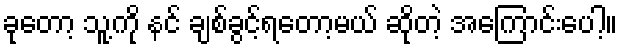
ခုတော့ သူ့ကို နင် ချစ်ခွင့်ရတော့မယ် ဆိုတဲ့ အကြောင်းပေါ့။